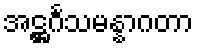
အဋ္ဌင်္ဂသမန္နာဂတာ